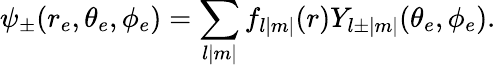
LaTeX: \psi_{\pm}(r_{e},\theta_{e},\phi_{e})=\sum_{l|m|}f_{l|m|}(r)Y_{l\pm|m|}(\theta_{e},\phi_{e}).